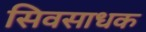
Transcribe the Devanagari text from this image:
सिवसाधक